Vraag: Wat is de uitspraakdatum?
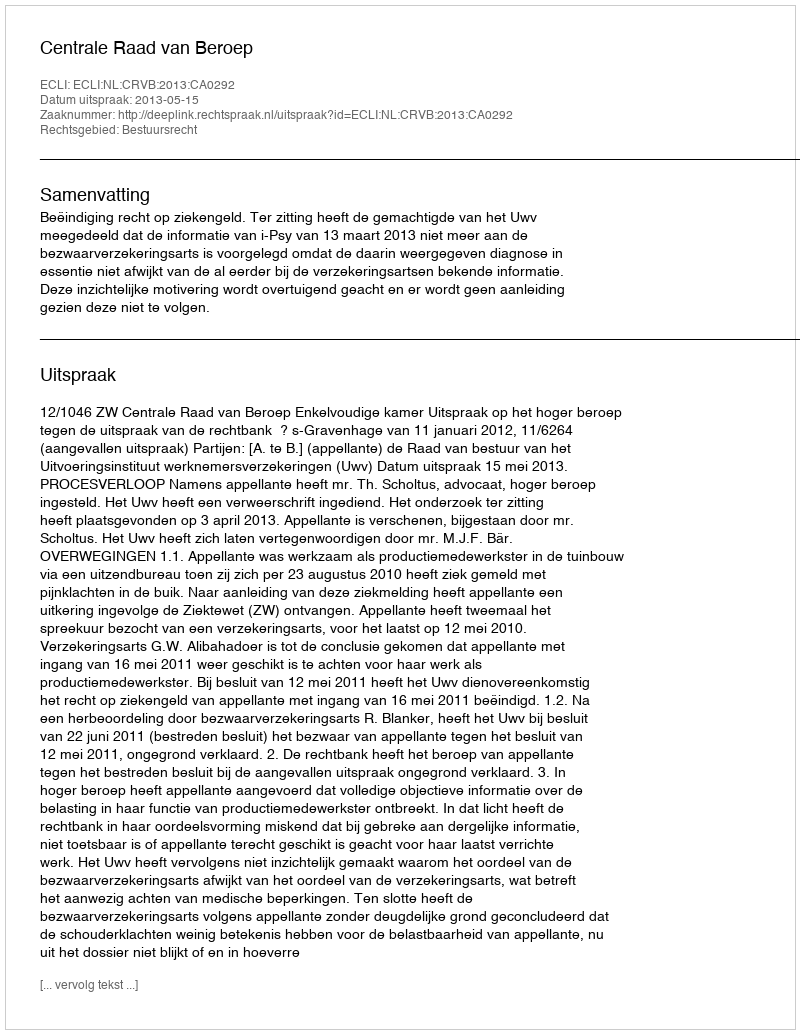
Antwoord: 2013-05-15